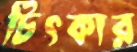
চিৎকার